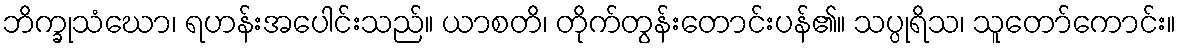
ဘိက္ခုသံဃော၊ ရဟန်းအပေါင်းသည်။ ယာစတိ၊ တိုက်တွန်းတောင်းပန်၏။ သပ္ပုရိသ၊ သူတော်ကောင်း။